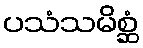
ပသံသမိစ္ဆံ